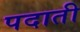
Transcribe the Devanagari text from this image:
पदाती